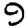
Digit: 9